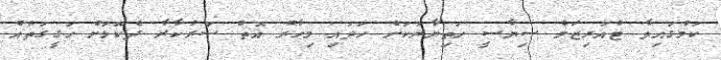
ކަމުގައިވާ ޓުއަރިޒަމް ސިޔާސީ ހަތިޔާރަކަށް ހަދައި މިހާރު އޮތް ސަރުކާރާ ދެކޮޅަށް ހަގީގަތެއް